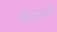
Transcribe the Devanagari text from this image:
कठपूतरी